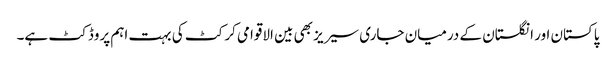
پاکستان اور انگلستان کے درمیان جاری سیریز بھی بین الاقوامی کرکٹ کی بہت اہم پروڈکٹ ہے۔